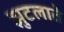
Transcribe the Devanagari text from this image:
झुटलाते